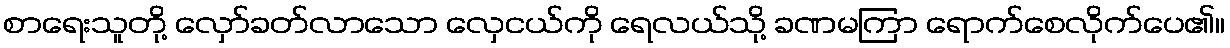
စာရေးသူတို့ လှော်ခတ်လာသော လှေငယ်ကို ရေလယ်သို့ ခဏမကြာ ရောက်စေလိုက်ပေ၏။